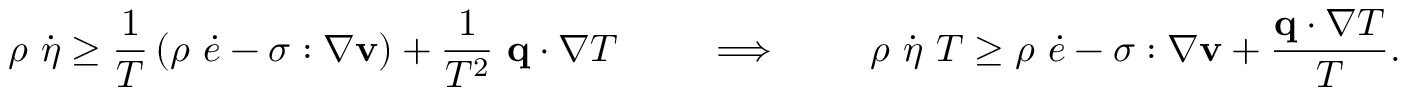
\rho ~ { \dot { \eta } } \geq { \frac { 1 } { T } } \left( \rho ~ { \dot { e } } - { \boldsymbol { \sigma } } : { \boldsymbol { \nabla } } \mathbf { v } \right) + { \frac { 1 } { T ^ { 2 } } } ~ \mathbf { q } \cdot { \boldsymbol { \nabla } } T \qquad \implies \qquad \rho ~ { \dot { \eta } } ~ T \geq \rho ~ { \dot { e } } - { \boldsymbol { \sigma } } : { \boldsymbol { \nabla } } \mathbf { v } + { \frac { \mathbf { q } \cdot { \boldsymbol { \nabla } } T } { T } } .